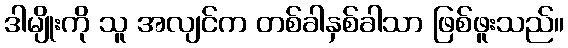
ဒါမျိုးကို သူ အလျင်က တစ်ခါနှစ်ခါသာ ဖြစ်ဖူးသည်။